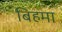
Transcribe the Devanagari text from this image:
बिहमा